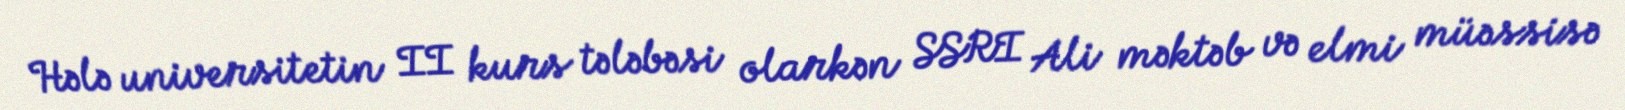
Hələ universitetin II kurs tələbəsi olarkən SSRI Ali məktəb və elmi müəssisə